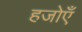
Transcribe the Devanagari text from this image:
हजोएँ